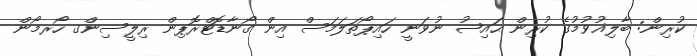
ކުރިން: ބާލިޣުވުމުގެ ކުރިން ޙައިޟު ނުވަނީ ހައިޕޯތަލަމަސް އިން ގޯނާޑޮޓްރޮޕިން ރިލީސިންގ ހޯރމޯން